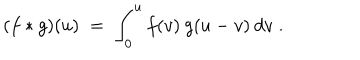
( f * g ) ( u ) \; = \; \int _ { 0 } ^ { u } f ( v ) \: g ( u - v ) \: d v \; .